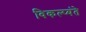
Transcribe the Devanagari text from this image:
विकल्प्यंते